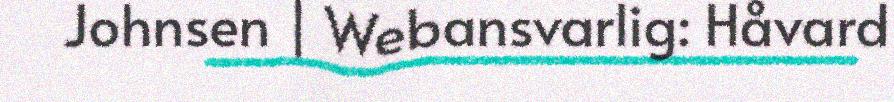
Johnsen | Webansvarlig: Håvard